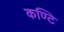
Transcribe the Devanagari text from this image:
कण्टि